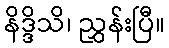
နိဒ္ဒိသိ၊ ညွှန်းပြီ။